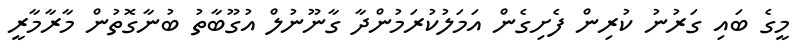
މީގެ ބައި ގަރުނު ކުރިން ފެށިގެން އަމަލުކުރަމުންދާ ގާނޫނުލް އުގޫބާތު ބުނާގޮތުން މާރާމާރީ